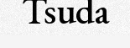
Tsuda